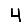
Digit: 4